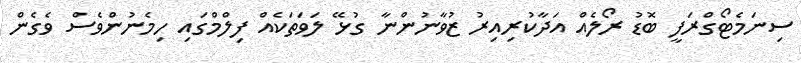
ސިނަމެޓޯގްރަފީ ބޮޑު ރޯލެއް އަދާކުރިއިރު ޒުވާނުންނާ ގުޅޭ ލަވަތަކެއް ފިލްމްގައި ހިމެނުންވެސް ވެގެން